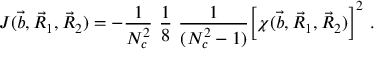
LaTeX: J ( \vec { b } , \vec { R } _ { 1 } , \vec { R } _ { 2 } ) = - { \frac { 1 } { N _ { c } ^ { 2 } } } \ { \frac { 1 } { 8 } } \ { \frac { 1 } { ( N _ { c } ^ { 2 } - 1 ) } } \bigg [ \chi ( \vec { b } , \vec { R } _ { 1 } , \vec { R } _ { 2 } ) \bigg ] ^ { 2 } ~ .